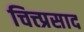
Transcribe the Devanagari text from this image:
चित्त्प्रसाद